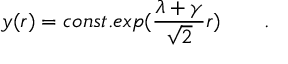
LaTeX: y ( r ) = c o n s t . e x p ( { \frac { \lambda + \gamma } { \sqrt 2 } } r ) \qquad .